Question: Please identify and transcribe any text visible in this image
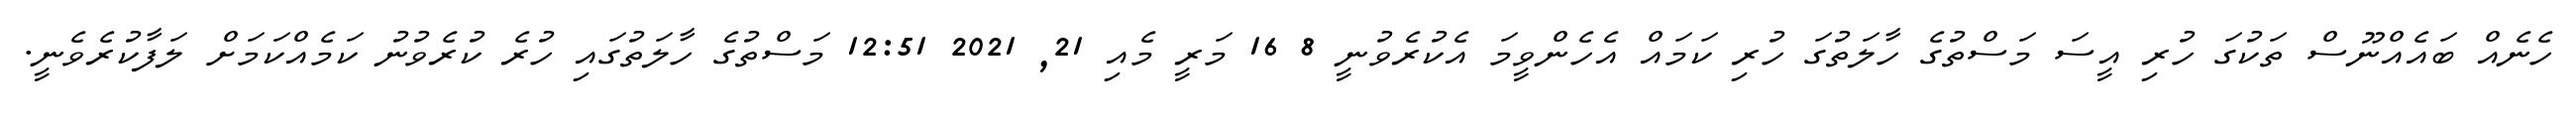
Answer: ހެނެއް ބައެއްނޫސް ތަކުގަ ހުރި އީސަ މަސްތުގެ ހާލަތުގަ ހުރި ކަމައް އެހެންވީމަ އެކުރެވުނީ 8 16 މަރީ މެއި 21, 2021 12:51 މަސްތުގެ ހާލަތުގައި ހުރެ ކުރެވުނު ކަމެއްކަމަށް ލަފާކުރެވެނީ.